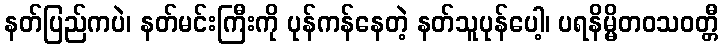
နတ်ပြည်ကပဲ၊ နတ်မင်းကြီးကို ပုန်ကန်နေတဲ့ နတ်သူပုန်ပေါ့၊ ပရနိမ္မိတဝသဝတ္တီ